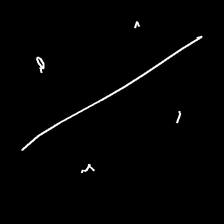
Glyph: cool